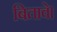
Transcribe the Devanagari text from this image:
बितावे।